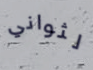
لثواني